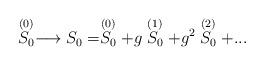
LaTeX: \begin{align*}\stackrel{(0)}{S_0}\longrightarrow S_0 = \stackrel{(0)}{S_0} +g \stackrel{(1)}{S_0} +g^2 \stackrel{(2)}{S_0} + ...\end{align*}